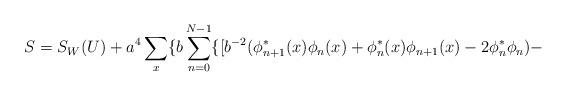
LaTeX: \begin{align*}S=S_W(U)+a^4 \sum_x \{b \sum_{n=0}^{N-1} \{ [b^{-2}( \phi^*_{n+1}(x) \phi_n(x)+ \phi^*_n(x) \phi_{n+1}(x)-2 \phi^*_n \phi_n) - \end{align*}